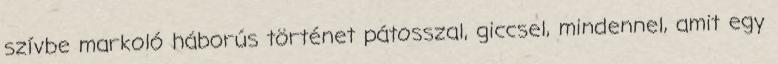
szívbe markoló háborús történet pátosszal, giccsel, mindennel, amit egy